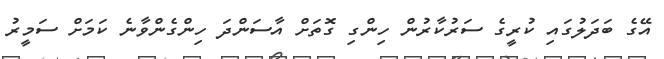
އޭގެ ބަދަލުގައި ކުރީގެ ސަރުކާރުން ހިންގި ގޮތަށް އާސަންދަ ހިންގެންވާނެ ކަމަށް ސަމީރު